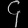
Digit: ၄